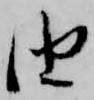
由